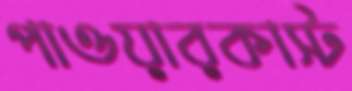
পাওয়ারকাস্ট